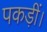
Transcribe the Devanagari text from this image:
पकड़ीं।